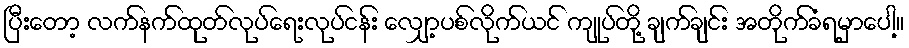
ပြီးတော့ လက်နက်ထုတ်လုပ်ရေးလုပ်ငန်း လျှော့ပစ်လိုက်ယင် ကျုပ်တို့ ချက်ချင်း အတိုက်ခံရမှာပေါ့။